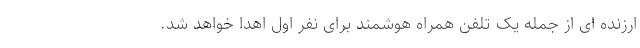
ارزنده ای از جمله یک تلفن همراه هوشمند برای نفر اول اهدا خواهد شد.